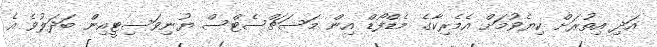
އަދި އިތުރަށް ކިޔެވުމަށް އެމެރިކާގެ މެޑްފޯޑް އިން މަސަޗްސެޓްސް ޔުނިވަސިޓީއިން ބަދަލުވެ އެ